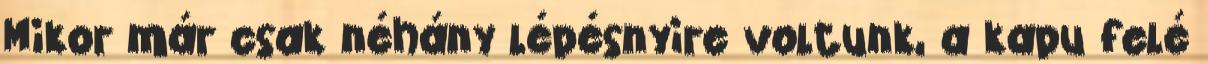
Mikor már csak néhány lépésnyire voltunk, a kapu felé